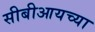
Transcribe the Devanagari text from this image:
सीबीआयच्या